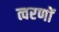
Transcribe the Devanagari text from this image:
त्वरणों